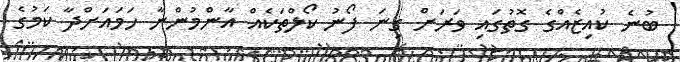
ބުނެ ކުއިޒެއްގެ ގޮތުގައި ވަރަށް ގިނަ ފޯނު ކޯލްތަކެއް އާންމުންނާ ހަަމައަށްދާ ކަމުގެ